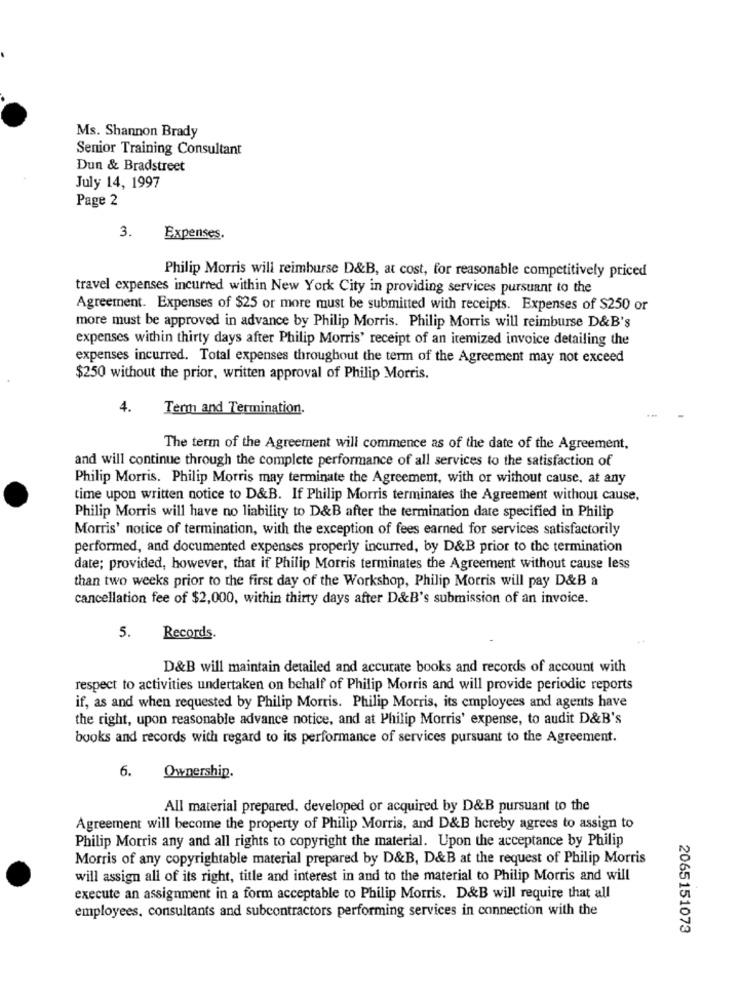
Ms. Shannon Brady
Senior Training Consultant
Dun & Bradstreet
July 14, 1997
Page 2
3.
Expenses.
Philip Morris will reimburse D&B, at cost, for reasonable competitively priced
travel expenses incurred within New York City in providing services pursuant to the
Agreement. Expenses of $25 or more must be submitted with receipts. Expenses of $250 or
more must be approved in advance by Philip Morris. Philip Morris will reimburse D&B's
expenses within thirty days after Philip Morris' receipt of an itemized invoice detailing the
expenses incurred. Total expenses throughout the term of the Agreement may not exceed
$250 without the prior, written approval of Philip Morris.
4.
Term and Termination.
The term of the Agreement will commence as of the date of the Agreement,
and will continue through the complete performance of all services to the satisfaction of
Philip Morris. Philip Morris may terminate the Agreement, with or without cause, at any
time upon written notice to D&B. If Philip Morris terminates the Agreement without cause,
Philip Morris will have no liability to D&B after the termination date specified in Philip
Morris' notice of termination, with the exception of fees earned for services satisfactorily
performed, and documented expenses properly incurred, by D&B prior to the termination
date; provided, however, that if Philip Morris terminates the Agreement without cause less
than two weeks prior to the first day of the Workshop, Philip Morris will pay D&B a
cancellation fee of $2,000, within thirty days after D&B's submission of an invoice.
5.
Records.
D&B will maintain detailed and accurate books and records of account with
respect to activities undertaken on behalf of Philip Morris and will provide periodic reports
if, as and when requested by Philip Morris. Philip Morris, its employees and agents have
the right, upon reasonable advance notice, and at Philip Morris' expense, to audit D&B's
books and records with regard to its performance of services pursuant to the Agreement.
6.
Ownership.
All material prepared. developed or acquired by D&B pursuant to the
Agreement will become the property of Philip Morris, and D&B hereby agrees to assign to
Philip Morris any and all rights to copyright the material. Upon the acceptance by Philip
Morris of any copyrightable material prepared by D&B, D&B at the request of Philip Morris
will assign all of its right, title and interest in and to the material to Philip Morris and will
execute an assignment in a form acceptable to Philip Morris. D&B will require that all
employees, consultants and subcontractors performing services in connection with the
2065151073